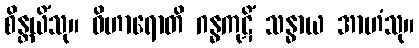
စိန္တယိံသု။ ဝိဟာရောတိ ဂန္ဓကုဋိံ သန္ဓာယ အာဟံသု။